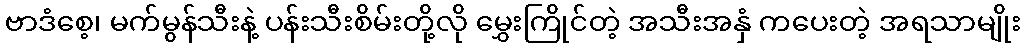
ဗာဒံစေ့၊ မက်မွန်သီးနဲ့ ပန်းသီးစိမ်းတို့လို မွှေးကြိုင်တဲ့ အသီးအနှံ ကပေးတဲ့ အရသာမျိုး